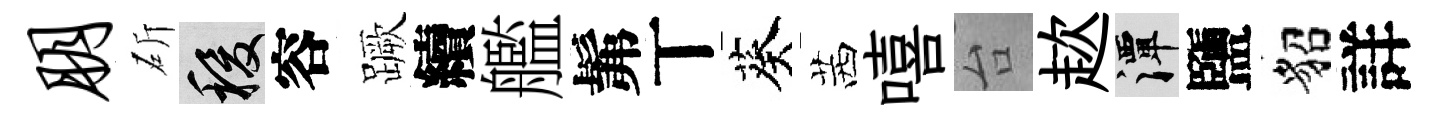
朋斫稷容蹶續艦髴丅葵茜嘻台趑潭鹽貂詳